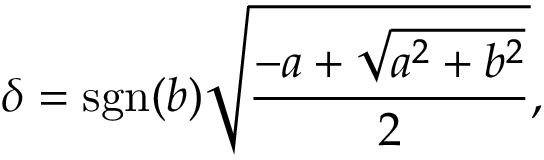
\delta = \operatorname { s g n } ( b ) { \sqrt { \frac { - a + { \sqrt { a ^ { 2 } + b ^ { 2 } } } } { 2 } } } ,